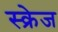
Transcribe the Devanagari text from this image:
स्क्रेज